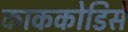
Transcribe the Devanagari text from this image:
काककोडिसे